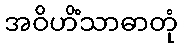
အဝိဟိံသာဓာတုံ